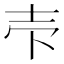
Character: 𰋈